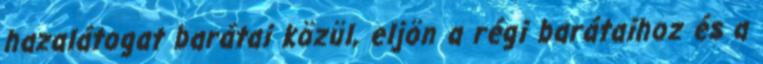
hazalátogat barátai közül, eljön a régi barátaihoz és a